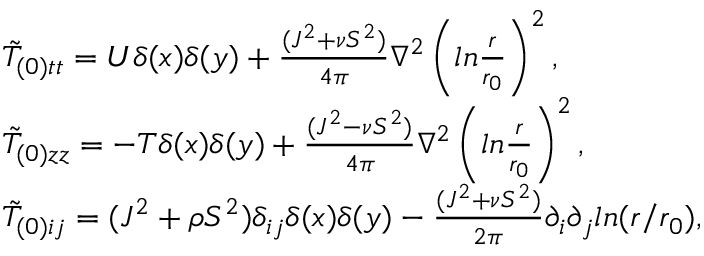
\begin{array} { l l } { { \tilde { T } _ { ( 0 ) t t } = U \delta ( x ) \delta ( y ) + \frac { ( J ^ { 2 } + \nu S ^ { 2 } ) } { 4 \pi } \nabla ^ { 2 } \left( l n \frac { r } { r _ { 0 } } \right) ^ { 2 } , } } \\ { { \tilde { T } _ { ( 0 ) z z } = - T \delta ( x ) \delta ( y ) + \frac { ( J ^ { 2 } - \nu S ^ { 2 } ) } { 4 \pi } \nabla ^ { 2 } \left( l n \frac { r } { r _ { 0 } } \right) ^ { 2 } , } } \\ { { \tilde { T } _ { ( 0 ) i j } = ( J ^ { 2 } + \rho S ^ { 2 } ) \delta _ { i j } \delta ( x ) \delta ( y ) - \frac { ( J ^ { 2 } + \nu S ^ { 2 } ) } { 2 \pi } \partial _ { i } \partial _ { j } l n ( r / r _ { 0 } ) , } } \end{array}